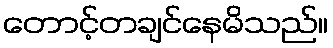
တောင့်တချင်နေမိသည်။